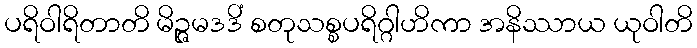
ပရိဝါရိတာတိ မိဉ္ဇမဒဒိံ စတုသစ္စပရိဂ္ဂါဟိကာ အနိဿာယ ယုဝါတိ